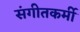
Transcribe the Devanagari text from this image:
संगीतकर्मी